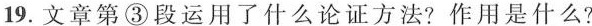
19.文章第③段运用了什么论证方法?作用是什么?